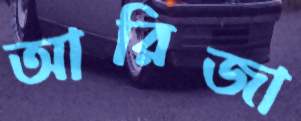
আরিজা